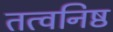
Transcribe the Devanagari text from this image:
तत्वनिष्ठ